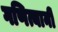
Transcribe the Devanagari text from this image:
गणित्यानीं